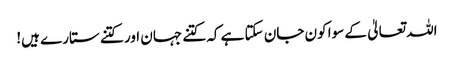
اللہ تعالیٰ کے سوا کون جان سکتا ہے کہ کتنے جہان اور کتنے ستارے ہیں!